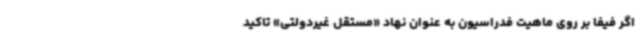
اگر فیفا بر روی ماهیت فدراسیون به عنوان نهاد «مستقل غیردولتی» تاکید